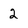
Character: 2